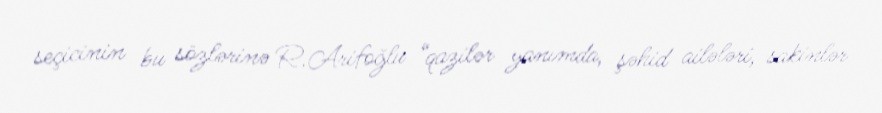
seçicinin bu sözlərinə R.Arifoğlu “qazilər yanımda, şəhid ailələri, sakinlər